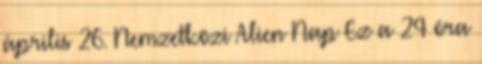
április 26. Nemzetközi Alien Nap Ez a 24 óra